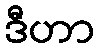
ဒီဟာ